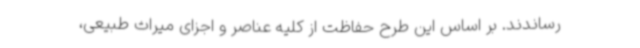
رساندند. بر اساس این طرح حفاظت از کلیه عناصر و اجزای میراث طبیعی،